Annual report of the Punjab Veterinary College and of the Civil Veterinary Department, Punjab - 1920-1925
Year: 1920
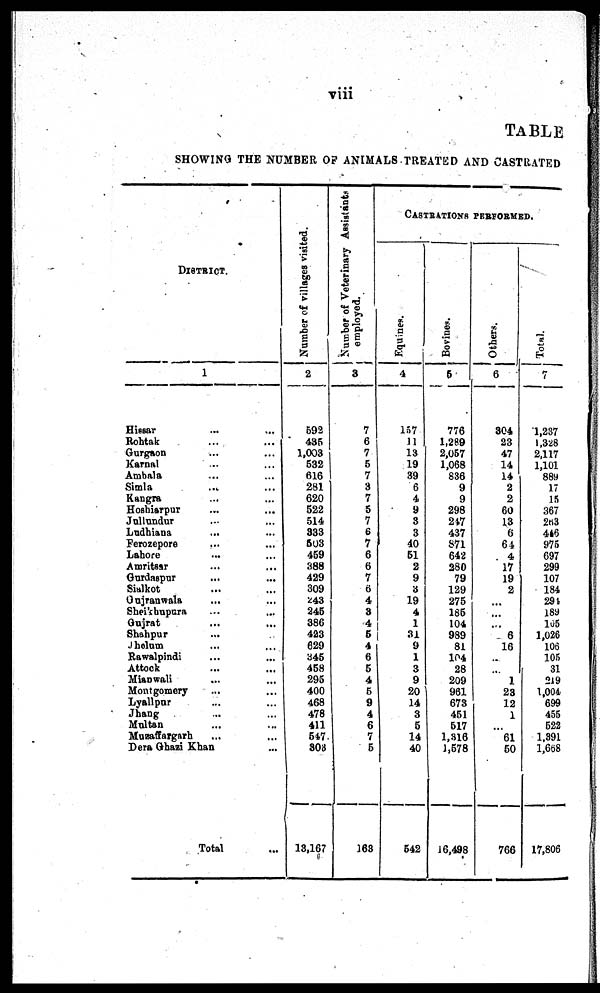
viii
TABLE
SHOWING THE NUMBER OF ANIMALS TREATE
DISTRICT.
1
Hissar ... ...
Roht ak ... ...
Gurgaon ... ...
Karnal ... ...
Ambal a ... ...
Si ml a ... ...
Kangra ... ...
Hoshiarpur ... ...
Jullundur .. ...
Luhiana ... ...
Ferozepore ... ...
Lahore ... ...
Amritsar ... ...
Gurdaspur ... ...
Sialkot ... ...
Gujranwala . . . . . .
Sheikhupura ... ...
Gujrat ... ...
Shahpur ... ...
Jhelum ... ...
Rawal pi ndi ... ...
Attock ... ...
Mi anwal i
... ...
Mont gomery ... ...
Lyallpur ... ...
Jhang ... ...
Mul t an ... ...
Muzaffargarh ... ...
Dera Ghazi Khan ...
Total ...
Number of villages visited.
2
592
435
1, 003
532
616
281
620
522
514
333
503
459
388
429
309
243
245
386
423
629
345
458
295
400
468
478
411
547
803
13, 167
Number of Veterinary Assistants
employed.
3
7
6
7
5
7
3
7
5
7
6
7
6
6
7
6
4
3
4
5
4
6
5
4
5
9
4
6
7
5
163
CASTRATIONS PERFORMED.
Equines.
4
157
11
13
19
39
6
4
9
3
3
40
51
2
9
3
19
4
1
31
9
1
3
9
20
14
3
5
14
40
542
Bovines.
5
776
1, 289
2, 057
1, 068
836
9
9
298
247
437
871
642
280
79
129
275
185
104
989
81
104
28
209
961
673
451
517
1, 316
1, 578
16, 498
Others.
6
304
23
47
14
14
2
2
60
13
6
64
4
17
19
2
...
...
... 6
16
..
... 1
23
12
1
... 61
50
766
Total.
7
1, 237
1, 328
2, 117
1, 101
889
17
15
367
263
416
975
697
299
107
184
294
189
165
1, 026
106
105
31
219
1, 004
699
455
522
1, 391
1, 668
17, 806